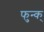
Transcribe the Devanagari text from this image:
फुन्क्